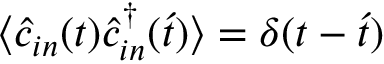
\langle \hat { c } _ { i n } ( t ) \hat { c } _ { i n } ^ { \dagger } ( \acute { t } ) \rangle = \delta ( t - \acute { t } )